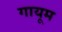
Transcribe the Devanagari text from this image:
गायूम